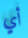
أي